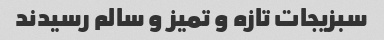
سبزیجات تازه و تمیز و سالم رسیدند